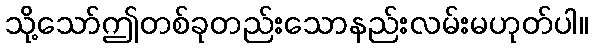
သို့သော်ဤတစ်ခုတည်းသောနည်းလမ်းမဟုတ်ပါ။